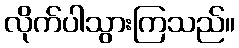
လိုက်ပါသွားကြသည်။